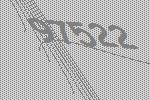
97522